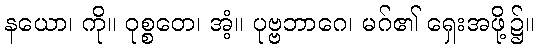
နယော၊ ကို။ ဝုစ္စတေ၊ အံ့။ ပုဗ္ဗဘာဂေ၊ မဂ်၏ ရှေးအဖို့၌။